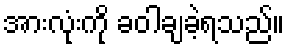
အားလုံးကို ခဝါချခဲ့ရသည်။